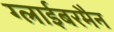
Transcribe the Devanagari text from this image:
ग्लाईबरमैन